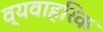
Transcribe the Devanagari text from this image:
व्यवाहरिक